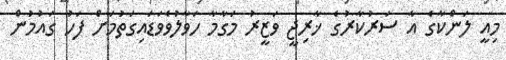
މިއީ ލަންކާގެ އާ ސަރުކާރުގެ ޚާރިޖީ ވަޒީރު މަގާމާ ހަވާލުވެވަޑައިގަތުމަށް ފަހު ގައުމުން